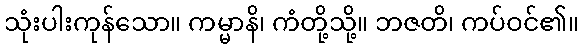
သုံးပါးကုန်သော။ ကမ္မာနိ၊ ကံတို့သို့။ ဘဇတိ၊ ကပ်ဝင်၏။